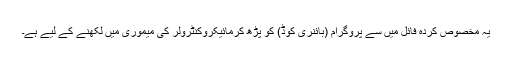
یہ مخصوص کردہ فائل میں سے پروگرام (بائنری کوڈ) کو پڑھ کرمائیکروکنٹرولر کی میموری میں لکھنے کے لیے ہے۔